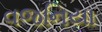
વજનિયા